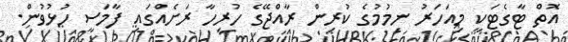
އޮތް ޓާގެޓަކީ މިއަހަރު ނިމުމުގެ ކުރިން ރާއްޖޭގެ ހުރިހާ ރަށެއްގައި ފާމަސީ ހުޅުވުން.